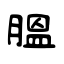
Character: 腽